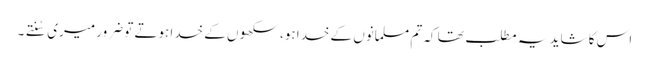
اس کا شاید یہ مطلب تھا کہ تم مسلمانوں کے خدا ہو، سکھوں کے خدا ہوتے تو ضرور میری سُنتے۔